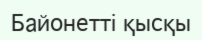
Байонетті қысқы